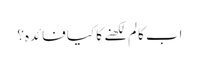
اب کالم لکھنے کا کیا فائدہ؟